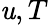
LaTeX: \mathit{u},T